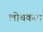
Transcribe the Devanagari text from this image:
लोचकता